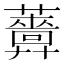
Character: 𧃻